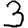
Digit: 3